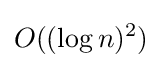
O((\log n)^{2})